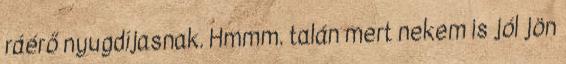
ráérő nyugdíjasnak. Hmmm. talán mert nekem is jól jön